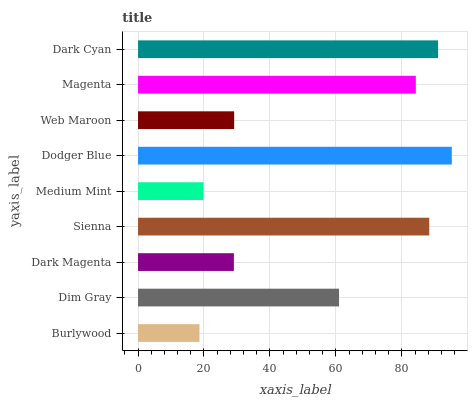
| yaxis_label | bars |
 | --- | --- |
 | Burlywood | 18.6 |
 | Dim Gray | 61 |
 | Dark Magenta | 29.1 |
 | Sienna | 88.3 |
 | Medium Mint | 19.9 |
 | Dodger Blue | 95.2 |
 | Web Maroon | 29.1 |
 | Magenta | 84.2 |
 | Dark Cyan | 91 |